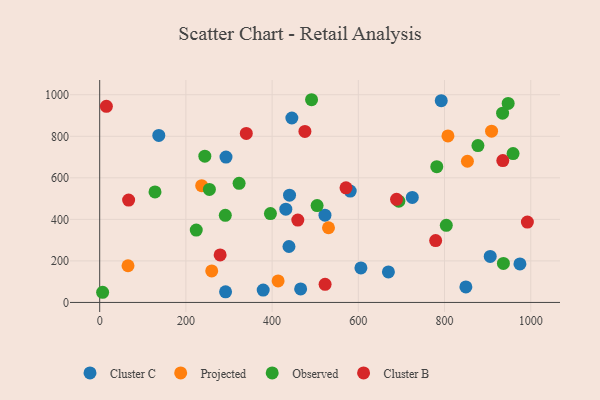
{"axis": {"x": "Speed", "y": "Salary"}, "legend": ["Cluster B", "Cluster C", "Observed", "Projected"], "data": [{"x": "445.8", "y": 888.1, "type": "Cluster C"}, {"x": "293.0", "y": 700.0, "type": "Cluster C"}, {"x": "431.8", "y": 449.3, "type": "Cluster C"}, {"x": "606.0", "y": 166.2, "type": "Cluster C"}, {"x": "906.0", "y": 221.6, "type": "Cluster C"}, {"x": "466.2", "y": 65.3, "type": "Cluster C"}, {"x": "292.0", "y": 51.3, "type": "Cluster C"}, {"x": "440.4", "y": 516.7, "type": "Cluster C"}, {"x": "522.6", "y": 420.3, "type": "Cluster C"}, {"x": "849.5", "y": 74.9, "type": "Cluster C"}, {"x": "439.1", "y": 269.5, "type": "Cluster C"}, {"x": "379.3", "y": 59.4, "type": "Cluster C"}, {"x": "669.8", "y": 146.9, "type": "Cluster C"}, {"x": "581.2", "y": 536.4, "type": "Cluster C"}, {"x": "792.4", "y": 971.4, "type": "Cluster C"}, {"x": "725.2", "y": 505.8, "type": "Cluster C"}, {"x": "974.9", "y": 185.7, "type": "Cluster C"}, {"x": "137.1", "y": 804.4, "type": "Cluster C"}, {"x": "807.9", "y": 801.8, "type": "Projected"}, {"x": "65.7", "y": 176.7, "type": "Projected"}, {"x": "909.1", "y": 824.8, "type": "Projected"}, {"x": "236.6", "y": 562.2, "type": "Projected"}, {"x": "853.1", "y": 679.8, "type": "Projected"}, {"x": "530.8", "y": 359.7, "type": "Projected"}, {"x": "259.9", "y": 152.0, "type": "Projected"}, {"x": "413.9", "y": 103.8, "type": "Projected"}, {"x": "504.4", "y": 466.6, "type": "Observed"}, {"x": "243.9", "y": 704.4, "type": "Observed"}, {"x": "804.1", "y": 371.4, "type": "Observed"}, {"x": "877.5", "y": 755.2, "type": "Observed"}, {"x": "396.1", "y": 428.1, "type": "Observed"}, {"x": "224.0", "y": 348.6, "type": "Observed"}, {"x": "959.0", "y": 716.9, "type": "Observed"}, {"x": "254.5", "y": 544.2, "type": "Observed"}, {"x": "291.4", "y": 419.4, "type": "Observed"}, {"x": "934.7", "y": 911.4, "type": "Observed"}, {"x": "323.4", "y": 573.5, "type": "Observed"}, {"x": "491.5", "y": 976.1, "type": "Observed"}, {"x": "782.0", "y": 653.9, "type": "Observed"}, {"x": "947.6", "y": 958.4, "type": "Observed"}, {"x": "128.3", "y": 532.3, "type": "Observed"}, {"x": "936.6", "y": 187.9, "type": "Observed"}, {"x": "694.0", "y": 487.6, "type": "Observed"}, {"x": "6.8", "y": 49.0, "type": "Observed"}, {"x": "67.1", "y": 492.7, "type": "Cluster B"}, {"x": "688.7", "y": 496.3, "type": "Cluster B"}, {"x": "571.4", "y": 551.9, "type": "Cluster B"}, {"x": "476.1", "y": 823.6, "type": "Cluster B"}, {"x": "779.4", "y": 297.9, "type": "Cluster B"}, {"x": "279.4", "y": 228.7, "type": "Cluster B"}, {"x": "935.2", "y": 682.9, "type": "Cluster B"}, {"x": "340.1", "y": 813.9, "type": "Cluster B"}, {"x": "522.9", "y": 87.4, "type": "Cluster B"}, {"x": "15.5", "y": 944.3, "type": "Cluster B"}, {"x": "992.2", "y": 386.9, "type": "Cluster B"}, {"x": "459.6", "y": 396.8, "type": "Cluster B"}]}